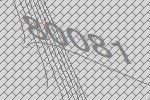
80081